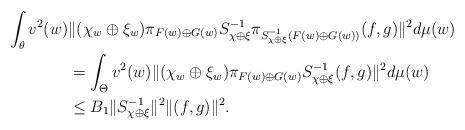
LaTeX: \begin{align*}\int_{\theta}v^{2}(w)&\|(\chi_{w}\oplus \xi_{w})\pi_{F(w)\oplus G(w)}S_{\chi\oplus \xi}^{-1}\pi_{S_{\chi\oplus\xi}^{-1}(F(w)\oplus G(w))}(f,g)\|^{2}d\mu(w)\\&=\int_{\Theta}v^{2}(w)\|(\chi_{w}\oplus\xi_{w})\pi_{F(w)\oplus G(w)}S_{\chi\oplus \xi}^{-1}(f,g)\|^{2}d\mu(w)\\&\leq B_{1}\|S_{\chi\oplus \xi}^{-1}\|^{2}\|(f,g)\|^{2}.\end{align*}